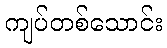
ကျပ်တစ်သောင်း